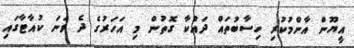
އީޔޫން އާންމުކުރި ހިސާބުތައް ދައްކާ ގޮތުން މި އަހަރުގެ ދެ ވަނަ ކުއާޓާގައި